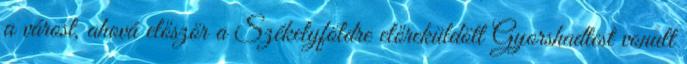
a várost, ahová először a Székelyföldre előreküldött Gyorshadtest vonult